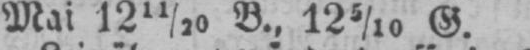
Mai 12 11/20 B., 12 5/10 G.